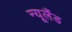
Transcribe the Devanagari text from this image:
न्‍यूलैंड